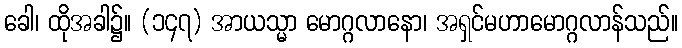
ခေါ၊ ထိုအခါ၌။ (၁၄၇) အာယသ္မာ မောဂ္ဂလာနော၊ အရှင်မဟာမောဂ္ဂလာန်သည်။